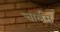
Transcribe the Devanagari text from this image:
चार्लस्‌